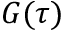
G ( \tau )